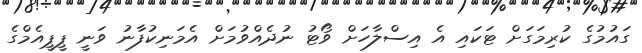
ގައުމުގެ ކުރިމަގަށް ޓަކައި އެ އިސްލާހަށް ވޯޓު ނުދެއްވުމަށް އެމަނިކުފާނު ވަނީ ޕީޕީއެމްގެ